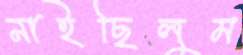
নাইছিলুম